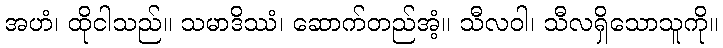
အဟံ၊ ထိုငါသည်။ သမာဒိဿံ၊ ဆောက်တည်အံ့။ သီလဝါ၊ သီလရှိသောသူကို။